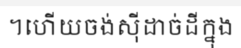
។ហើយចង់ស៊ីដាច់ដីក្នុង